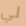
لي